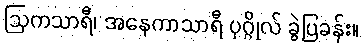
ဩကသာရီ၊ အနေကာသာရီ ပုဂ္ဂိုလ် ခွဲပြခန်း။